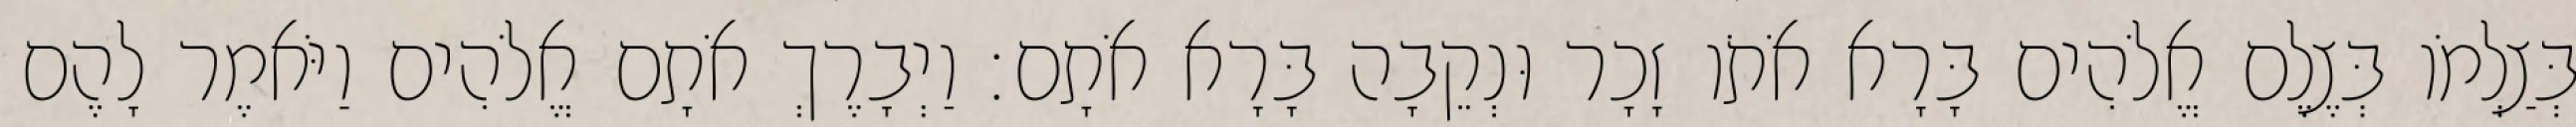
בְּצַלְמֹו בְּצֶלֶם אֱלֹהִים בָּרָא אֹתֹו זָכָר וּנְקֵבָה בָּרָא אֹתָם׃ וַיְבָרֶךְ אֹתָם אֱלֹהִים וַיֹּאמֶר לָהֶם